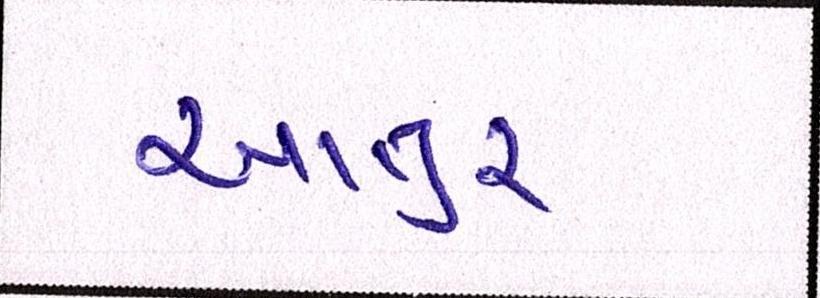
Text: આતુર